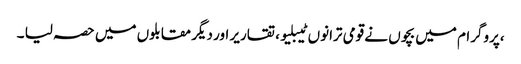
،پروگرام میں بچوں نے قومی ترانوں ٹیبلیو ، تقاریر اور دیگر مقابلوں میں حصہ لیا ۔